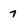
Character: 7